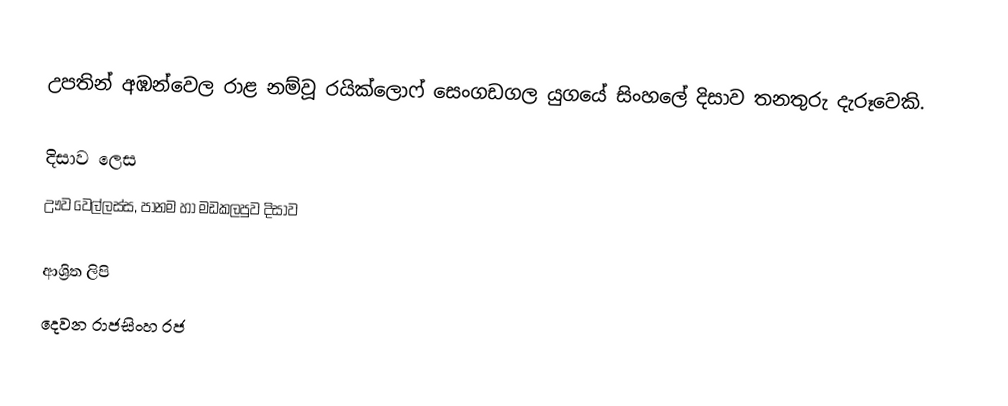
උපතින් අඹන්වෙල රාළ නම්වූ රයික්ලොෆ් සෙංගඩගල යුගයේ සිංහලේ දිසාව තනතුරු දැරූවෙකි.

දිසාව ලෙස
ඌව වෙල්ලස්ස, පානම හා මඩකලපුව දිසාව

ආශ්‍රිත ලිපි
 දෙවන රාජසිංහ රජ